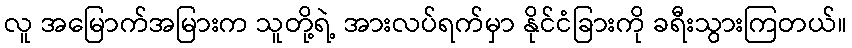
လူ အမြောက်အမြားက သူတို့ရဲ့ အားလပ်ရက်မှာ နိုင်ငံခြားကို ခရီးသွားကြတယ်။